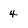
Character: 4